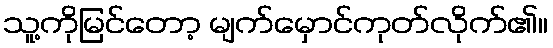
သူ့ကိုမြင်တော့ မျက်မှောင်ကုတ်လိုက်၏။